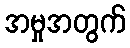
အမှုအတွက်